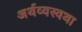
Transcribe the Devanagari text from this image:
अर्थव्यस्वथा